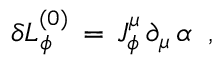
\delta { \cal L } _ { \phi } ^ { ( 0 ) } \, = \, J _ { \phi } ^ { \mu } \, \partial _ { \mu } \, \alpha \; \; ,